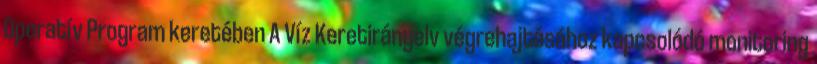
Operatív Program keretében A Víz Keretirányelv végrehajtásához kapcsolódó monitoring